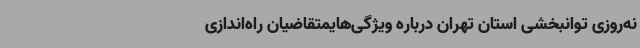
نه‌روزی توانبخشی استان تهران درباره ویژگی‌هایمتقاضیان راه‌اندازی